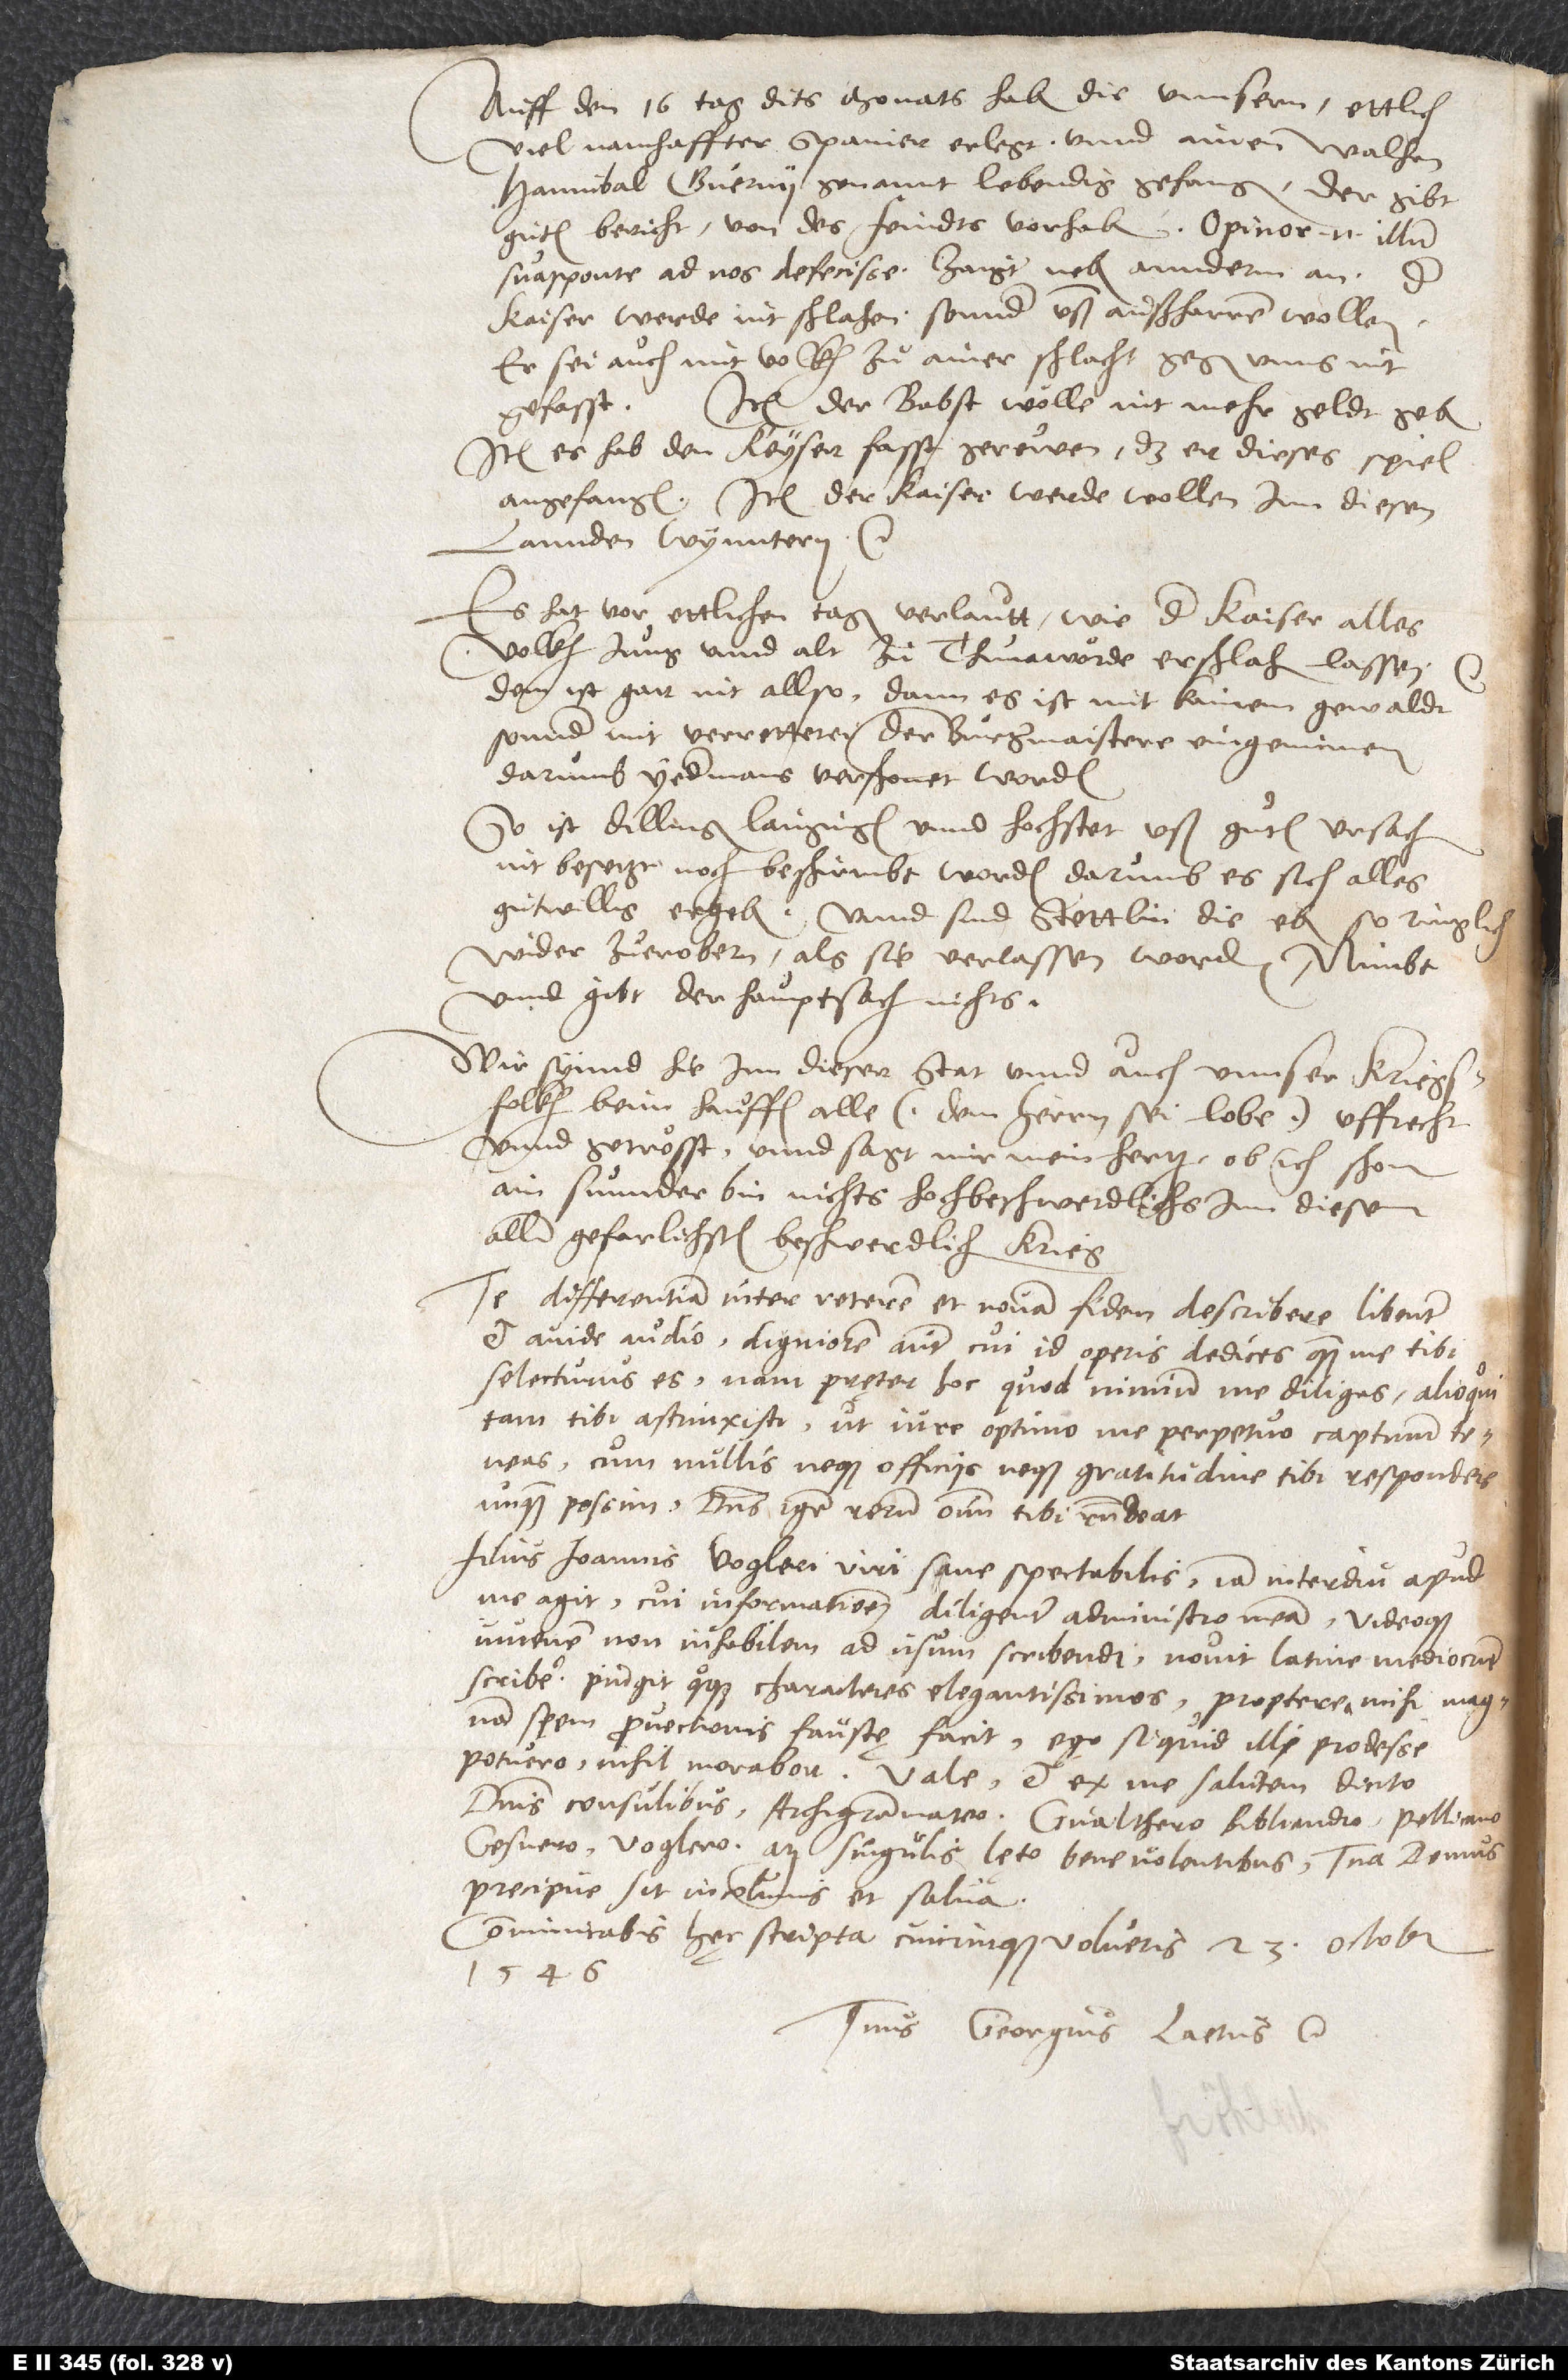
Auff den 16. tag dits monats haben die unnsern ettlich
viel namhaffter Spanier erlegt unnd ainen Walhen,
Hannibal Guerini genannt, lebendig gefangen. Der gibt
guten bericht von des feindts vorhaben. Opinor enim illum
sua sponte ad nos defecisse. Zaigt neben annderm an, der
kaiser werde nit schlahen, sonnder unß außharren wollen.
Er sei auch mit volkh zu ainer schlacht gegen unns nit
gefasst. Item der babst wölle nit mehr geldt geben.
Item es hab den keyser fasst gerewen, das er dieses spiel
angefangen. Item der kaiser werde wollen inn diesen
lannden wynntern, etc.
Es hatt vor ettlichen tagen verlautt, wie der kaiser alles
volkh, jung unnd alt, zu Thunawörde erschlahen lassen,
Dem ist gar nit allso, dann es ist mit kainem gewaldt,
sonnder mit verretterei der burgermaistere eingnumen;
darumb yedermans verschonet worden.
So ist Dillingen, Laugingen unnd Hochstet uß guten ursachen
nit besetzt noch beschirmbt worden, darumb es sich alles
gutwillig ergeben. Unnd sind stettlin, die eben so ringlich
wider zu erobern, als sie verlassen worden. Nimbt
unnd gibt der hauptsach nichts.
Wir synnd hie inn dieser stat unnd auch unnser kriegsfolkh
beim hauffen alle (dem herrn sei lobe) uffrecht
unnd getrösst. Unnd sagt mir mein hertz, ob ich schon
ain sunnder bin, nichts hochbeschwerdlichs inn diesem
allergefarlichsten, beschwerdlichen krieg.
Te differentiam inter veterem et novam fidem describere libenter
et avide audio. Digniorem autem, cui id operis dedices, quam me tibi
selecturus es. Nam pręter hoc, quod nimium me diligas, alioqui
tam tibi astrinxisti, ut iure optimo me perpetuo captivum
teneas, cum nullis neque officiis neque gratitudine tibi respondere
unquam possim. Dominus igitur rerum omnium tibi respondeat.
Filius Ioannis Vogleri, viri sane spectabilis, iam interdiu apud
me agit; cui informationem diligenter administro meam videoque
iuvenem non inhabilem ad usum scribendi. Novit Latine mediocriter
scribere. Pingit quoque characteres elegantissimos. Propterea mihi magnam
spem provectionis faustę facit. Ego si quid illi prodesse
dominis consulibus, archigrammateo, Gvalthero, Bibliandro, Pellicano,
Gesnero, Voglero atque singulis Lęto benevolentibus. Tua domus
precipue sit incolumis et salva.
Communicabis hęc scripta, cuicunque volueris. 23. octobris
1546.
Tuus Georgius Laetus, etc.